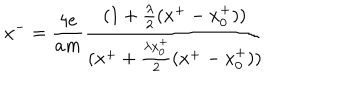
x ^ { - } = { \frac { 4 e } { a m } } { \frac { ( 1 + { \frac { \lambda } { 2 } } ( x ^ { + } - x _ { 0 } ^ { + } ) ) } { ( x ^ { + } + { \frac { \lambda x _ { 0 } ^ { + } } { 2 } } ( x ^ { + } - x _ { 0 } ^ { + } ) ) } }